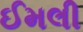
ઈમલી